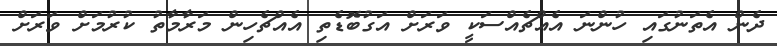
ދެން އެތަނުގައި ހުންނަ އެއްޗެއްސަކީ ވަރަށް އަގުބޮޑެތި އެއްޗެހިން މަރާމާތު ކުރުމަށް ވަރަށް